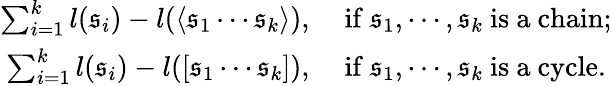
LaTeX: \begin{array}{rl}{\sum_{i=1}^{k}l(\mathfrak{s}_{i})-l(\langle\mathfrak{s}_{1}\cdots\mathfrak{s}_{k}\rangle),}&{\ \mathrm{if}\ \mathfrak{s}_{1},\cdots,\mathfrak{s}_{k}\ \mathrm{is\ a\ chain;}}\\ {\sum_{i=1}^{k}l(\mathfrak{s}_{i})-l([\mathfrak{s}_{1}\cdots\mathfrak{s}_{k}]),}&{\ \mathrm{if}\ \mathfrak{s}_{1},\cdots,\mathfrak{s}_{k}\ \mathrm{is\ a\ cycle.}}\end{array}